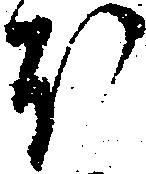
ほ